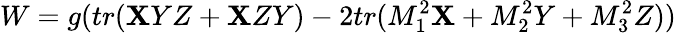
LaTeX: W=g(tr(\mathbf{X}YZ+\mathbf{X}ZY)-2tr(M_{1}^{2}\mathbf{X}+M_{2}^{2}Y+M_{3}^{2}Z))